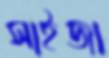
সাইজা